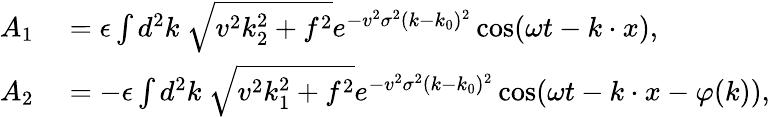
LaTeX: \begin{array}{rl}{A_{1}}&{{}=\epsilon\int d^{2}k\ {\sqrt{v^{2}k_{2}^{2}+f^{2}}}e^{-v^{2}\sigma^{2}(k-k_{0})^{2}}\cos(\omega t-k\cdot x),}\\ {A_{2}}&{{}=-\epsilon\int d^{2}k\ {\sqrt{v^{2}k_{1}^{2}+f^{2}}}e^{-v^{2}\sigma^{2}(k-k_{0})^{2}}\cos(\omega t-k\cdot x-\varphi(k)),}\end{array}